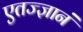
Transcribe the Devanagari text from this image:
एतज्ज्ञानं